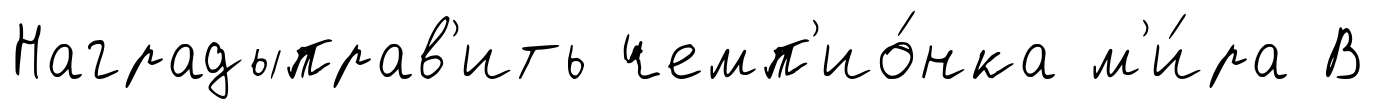
Наградыправ'ить чемп'ио́нка м'и́ра В